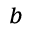
^ { b }